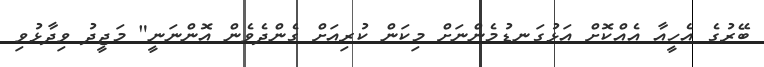
ބޭރުގެ އެހީއާ އެއްކޮށް އަޅުގަނޑުމެންނަށް މިކަން ކުރިއަށް ގެންދެވެން އޮންނަނީ" މަޖީދު ވިދާޅުވި